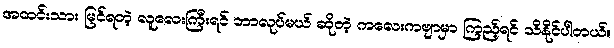
အထင်းသား မြင်ရတဲ့ လူလေးကြီးရင် ဘာလုပ်မယ် ဆိုတဲ့ ကလေးကဗျာမှာ ကြည့်ရင် သိနိုင်ပါတယ်။